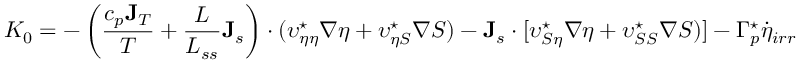
K _ { 0 } = - \left( \frac { c _ { p } { \bf J } _ { T } } { T } + \frac { L } { L _ { s s } } { \bf J } _ { s } \right) \cdot ( \upsilon _ { \eta \eta } ^ { \star } \nabla \eta + \upsilon _ { \eta S } ^ { \star } \nabla S ) - { \bf J } _ { s } \cdot [ \upsilon _ { S \eta } ^ { \star } \nabla \eta + \upsilon _ { S S } ^ { \star } \nabla S ) ] - \Gamma _ { p } ^ { \star } \dot { \eta } _ { i r r }